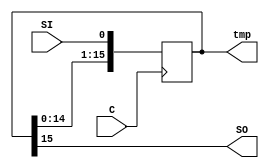
module shift (C, SI, SO,tmp); 
input C,SI; 
output SO; 
output reg [15:0] tmp; 
 
  always @(posedge C) 
    begin 
      tmp = tmp << 1; 
      tmp[0] = SI; 
    end 
    assign SO  = tmp[15]; 
endmodule